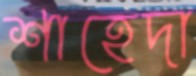
শাহেদা